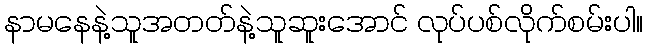
နာမနေနဲ့သူအတတ်နဲ့သူဆူးအောင် လုပ်ပစ်လိုက်စမ်းပါ။